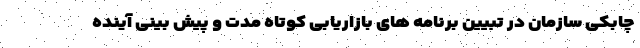
چابکی سازمان در تبیین برنامه های بازاریابی کوتاه مدت و پیش بینی آینده